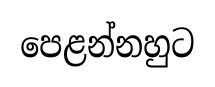
පෙළන්නහුට